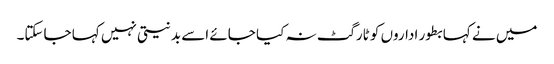
میں نے کہا بطور اداروں کو ٹارگٹ نہ کیا جائے اسے بدنیتی نہیں کہا جاسکتا۔